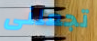
تجعلنى